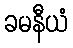
ခမနီယံ